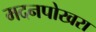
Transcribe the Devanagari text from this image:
मदनपोखरा